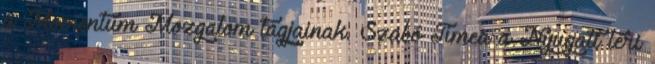
a Momentum Mozgalom tagjainak. Szabó Tímea a Nyugati téri